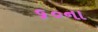
૬૦ના